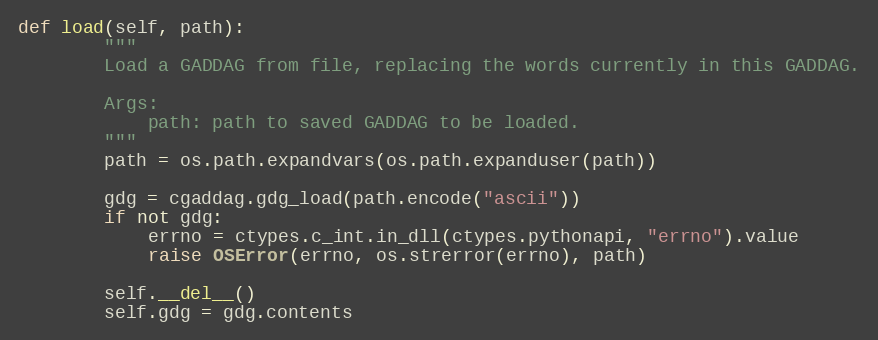
Language: Python
def load(self, path):
        """
        Load a GADDAG from file, replacing the words currently in this GADDAG.

        Args:
            path: path to saved GADDAG to be loaded.
        """
        path = os.path.expandvars(os.path.expanduser(path))

        gdg = cgaddag.gdg_load(path.encode("ascii"))
        if not gdg:
            errno = ctypes.c_int.in_dll(ctypes.pythonapi, "errno").value
            raise OSError(errno, os.strerror(errno), path)

        self.__del__()
        self.gdg = gdg.contents